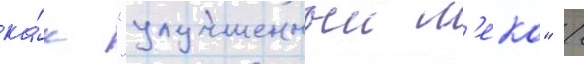
ка́к "улучшенныи м'еко" /